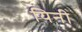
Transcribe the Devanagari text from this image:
यिनी